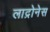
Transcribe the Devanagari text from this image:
लाद्रोनेस